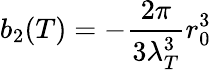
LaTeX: b_{2}(T)=-\frac{2\pi}{3\lambda_{T}^{3}}r_{0}^{3}